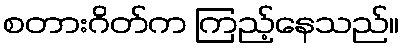
စတားဂိတ်က ကြည့်နေသည်။